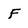
Character: F